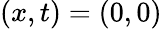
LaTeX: (x,t)=(0,0)